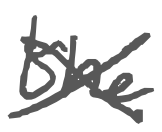
Text: the
Cross-out: cross
Writing tool: digital_gray